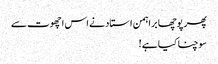
پھر پوچھا براہمن استاد نے اس اچھوت سے
سوچنا کیا ہے !